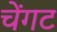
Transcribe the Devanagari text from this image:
चेंगट